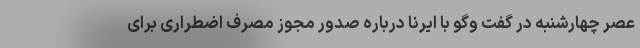
عصر چهارشنبه در گفت‌ وگو با ایرنا درباره صدور مجوز مصرف اضطراری برای